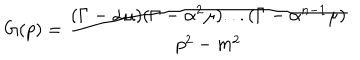
G ( p ) = \frac { ( \Gamma - \alpha \mu ) ( \Gamma - \alpha ^ { 2 } \mu ) . . . ( \Gamma - \alpha ^ { n - 1 } \mu ) } { p ^ { 2 } - m ^ { 2 } }